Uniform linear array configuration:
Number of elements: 12
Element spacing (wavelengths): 1
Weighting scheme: uniform
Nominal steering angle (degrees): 0
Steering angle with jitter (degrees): -0.6919
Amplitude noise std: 0.05
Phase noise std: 0.05

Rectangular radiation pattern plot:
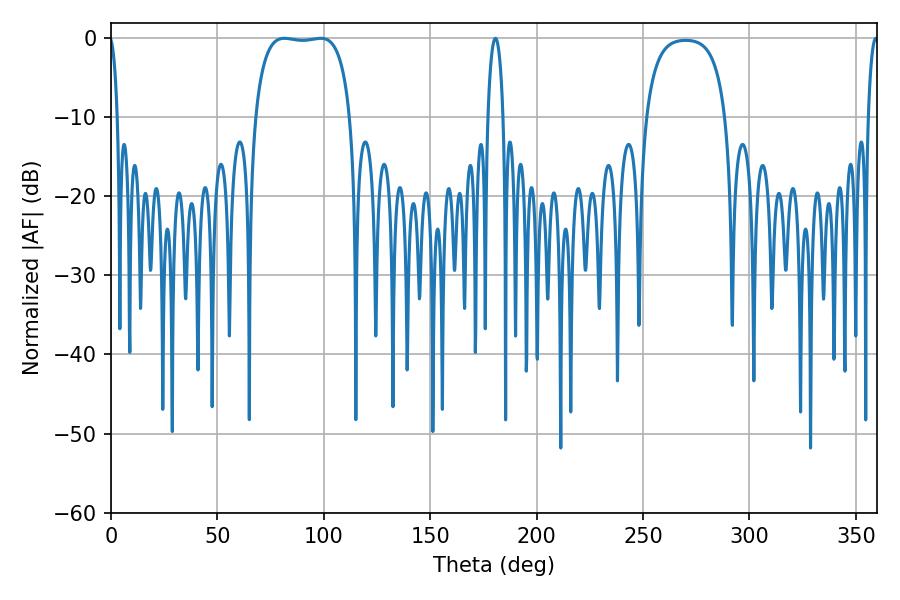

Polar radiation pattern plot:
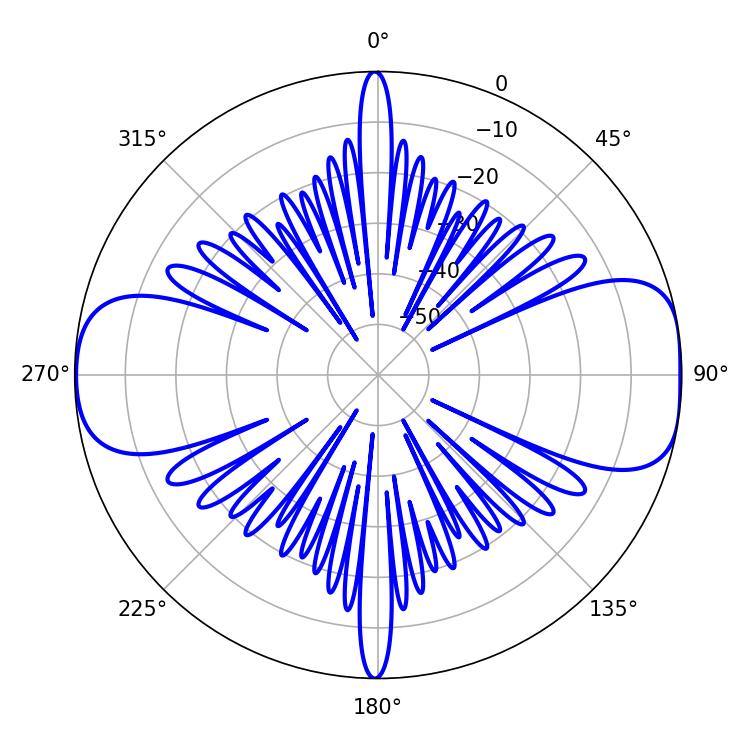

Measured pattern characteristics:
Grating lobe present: TRUE
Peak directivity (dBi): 10.668
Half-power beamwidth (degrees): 35.28
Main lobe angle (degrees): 98.64